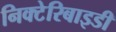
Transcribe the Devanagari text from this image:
निक्टेरिबाइडी